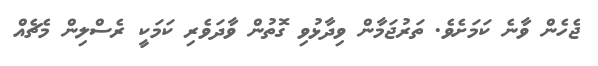
ޖެހެން ވާނެ ކަމަށެވެ. ތަރުޖަމާން ވިދާޅުވި ގޮތުން ވާދަވެރި ކަމަކީ ރެސްލިން މެޗެއް